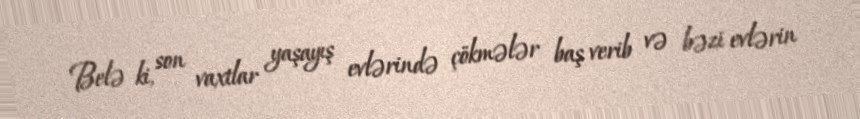
Belə ki, son vaxtlar yaşayış evlərində çökmələr baş verib və bəzi evlərin